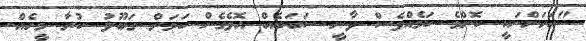
"އަހަންނަކީ ކޮންމެ ކަމެއްވެސް ވާނީ ސަބަބެއް އޮވެގެން ކަމަށް ގަބޫލު ކުރާ މީހެެއް.